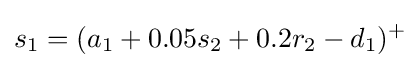
s_{1}=(a_{1}+0.05s_{2}+0.2r_{2}-d_{1})^{+}